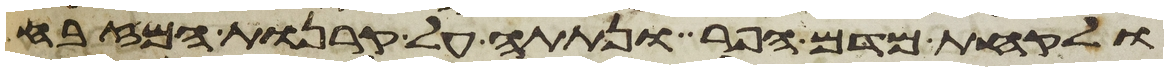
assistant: ולקחת מדם הפר ונתתה על קרנות המזבח